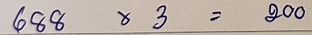
688 x 3 = 200